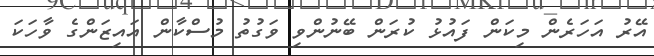
އޭރު އަހަރެން މިކަން ފައުޅު ކުރަން ބޭނުންވި ވަގުތު މުސްކާން އައިޒަންގެ ވާހަކަ